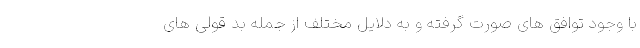
با وجود توافق های صورت گرفته و به دلایل مختلف از جمله بد قولی های